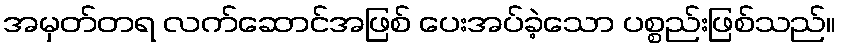
အမှတ်တရ လက်ဆောင်အဖြစ် ပေးအပ်ခဲ့သော ပစ္စည်းဖြစ်သည်။